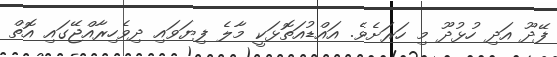
ފޭދޫ އަދި ހުޅުދޫ މި ހަރަށެވެ. އައްޑުއަތޮޅަކީ މާލެ ފިޔަވައި ދިވެހިރާއްޖޭގައި އޮތް